Calcutta medical institutions reports 1879-81 [i.e.91]
Year: 1879
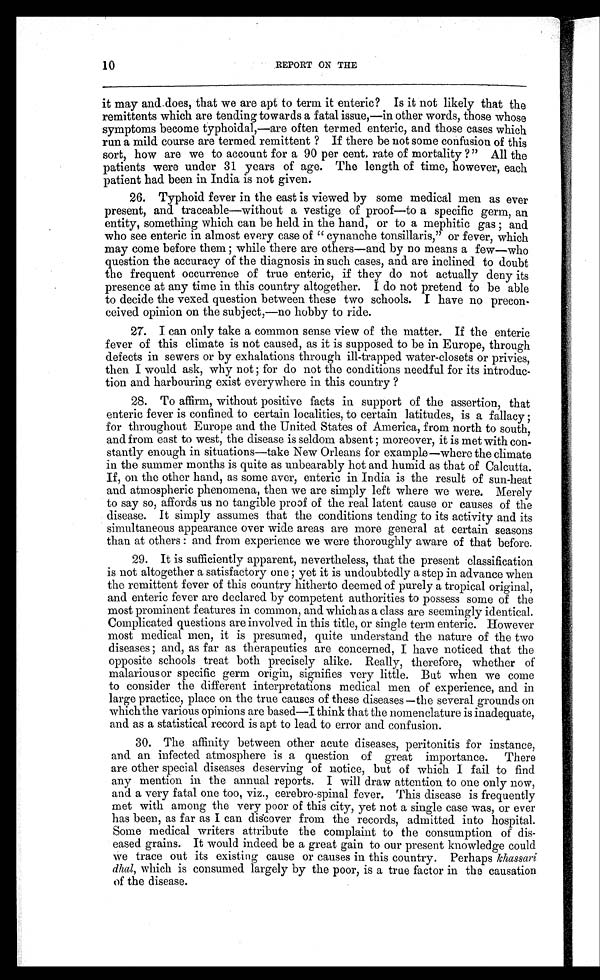
10
REPORT ON THE
it may and does, that we are apt to term it enteric? Is it not likely that the
remittents which are tending towards a fatal issue,—in other words, those whose
symptoms become typhoidal,—are often termed enteric, and those cases which
run a mild course are termed remittent ? If there be not some confusion of this
sort, how are we to account for a 90 per cent. rate of mortality ?" All the
patients were under 31 years of age. The length of time, however, each
patient had been in India is not given.
26. Typhoid fever in the east is viewed by some medical men as ever
present, and traceable—without a vestige of proof—to a specific germ, an
entity, something which can be held in the hand, or to a mephitic gas ; and
who see enteric in almost every case of "cynanche tonsillaris," or fever, which
may come before them ; while there are others—and by no means a few—who
question the accuracy of the diagnosis in such cases, and are inclined to doubt
the frequent occurrence of true enteric, if they do not actually deny its
presence at any time in this country altogether. I do not pretend to be able
to decide the vexed question between these two schools. I have no precon--
ceived opinion on the subject,—no hobby to ride.
27. I can only take a common sense view of the matter. If the enteric
fever of this climate is not caused, as it is supposed to be in Europe, through
defects in sewers or by exhalations through ill-trapped water-closets or privies,
then I would ask, why not ; for do not the conditions needful for its introduc-
- t i o n a n d h a r b o u r i n g e x i s t e v e r y w h e r e i n t h i s c o u n t r y ?
28. To affirm, without positive facts in support of the assertion, that
enteric fever is confined to certain localities, to certain latitudes, is a fallacy ;
for throughout Europe and the United States of America, from north to south,
and from east to west, the disease is seldom absent; moreover, it is met with con--
stantly enough in situations—take New Orleans for example—where the climate
in the summer months is quite as unbearably hot and humid as that of Calcutta.
If, on the other hand, as some aver, enteric in India is the result of sun-heat
and atmospheric phenomena, then we are simply left where we were. Merely
to say so, affords us no tangible proof of the real latent cause or causes of the
disease. It simply assumes that the conditions tending to its activity and its
simultaneous appearance over wide areas are more general at certain seasons
than at others : and from experience we were thoroughly aware of that before.
29. It is sufficiently apparent, nevertheless, that the present classification
is not altogether a satisfactory one ; yet it is undoubtedly a step in advance when
the remittent fever of this country hitherto deemed of purely a tropical original,
and enteric fever are declared by competent authorities to possess some of the
most prominent features in common, and which as a class are seemingly identical.
Complicated questions are involved in this title, or single term enteric. However
most medical men, it is presumed, quite understand the nature of the two
diseases; and, as far as therapeutics are concerned, I have noticed that the
opposite schools treat both precisely alike. Really, therefore, whether of
malarious or specific germ origin, signifies very little. But when we come
to consider the different interpretations medical men of experience, and in
large practice, place on the true causes of these diseases—the several grounds on
which the various opinions are based—
I think that the nomenclature is inadequate,
and as a statistical record is apt to lead to error and confusion.
30. The affinity between other acute diseases, peritonitis for instance,
and an infected atmosphere is a question of great importance. There
are other special diseases deserving of notice, but of which I fail to find
any mention in the annual reports. I will draw attention to one only now,
and a very fatal one too, viz., cerebro-spinal fever. This disease is frequently
met with among the very poor of this city, yet not a single case was, or ever
has been, as far as I can discover from the records, admitted into hospital.
Some medical writers attribute the complaint to the consumption of dis-
- e a s e d g r a i n s . I t w o u l d i n d e e d b e a g r e a t g a i n t o o u r p r e s e n t k n o w l e d g e c o u l d
we trace out its existing cause or causes in this country. Perhaps khassari
dhal, which is consumed largely by the poor, is a true factor in the causation
o f t h e d i s e a s e .